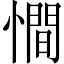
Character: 𢢀